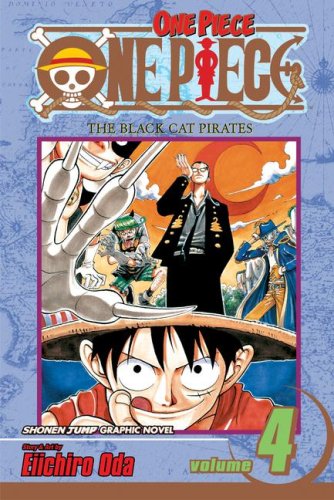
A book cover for One Piece Vol. 4: The Black Cat Pirates; Eiichiro Oda; Comics & Graphic Novels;